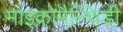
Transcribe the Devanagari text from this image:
माइक्रोमैल्थिडी